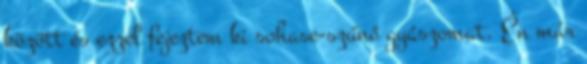
között és ezzel fejeztem ki sohase-szűnő gyászomat. Én már